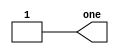
//Problem statement
// Build a circuit with no inputs and one output. That output should always drive 1 (or logic high).
module top_module( output one );

// Insert your code here
    assign one = 1;

endmodule